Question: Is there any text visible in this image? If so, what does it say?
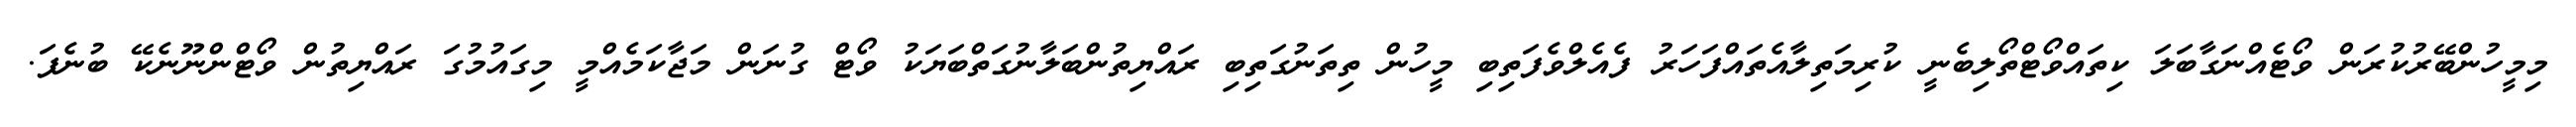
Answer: މިމީހުންބޭރުކުރަން ވޯޓެއްނަގާބަލަ ކިތައްވޯޓްތޯލިބެނީ ކުރިމަތިލާއެތައްފަހަރު ފެއެލްވެފަތިބި މީހުން ތިތަނުގަތިބި ރައްޔިތުންބަލާނުގަތްބަޔަކު ވޯޓް ގުނަން މަޖާކަމެއްމީ މިގައުމުގަ ރައްޔިތުން ވޯޓްންނޫނެކޭ ބުނެފަ.